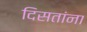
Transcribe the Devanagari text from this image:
दिसतांना